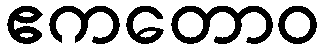
ဧကတောဝ